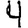
Digit: 4